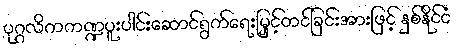
ပုဂ္ဂလိကကဏ္ဍပူးပါင်းဆောင်ရွက်ရေးမြှင့်တင်ခြင်းအားဖြင့် နှစ်နိုင်ငံ